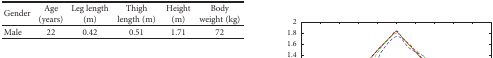
<table><thead><tr><td><b>Gender</b></td><td><b>Age (years)</b></td><td><b>Leg length (m)</b></td><td><b>Thigh length (m)</b></td><td><b>Height (m)</b></td><td><b>Body weight (kg)</b></td></tr></thead><tbody><tr><td>Male</td><td>22</td><td>0.42</td><td>0.51</td><td>1.71</td><td>72</td></tr></tbody></table>